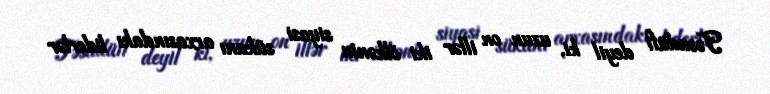
Təsadüfi deyil ki, uzun on illər iki ölkənin siyasi sükanı arxasındakı liderlər